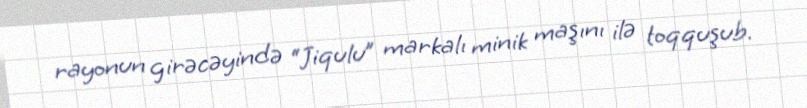
rayonun girəcəyində “Jiqulu” markalı minik maşını ilə toqquşub.